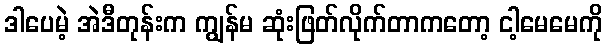
ဒါပေမဲ့ အဲဒီတုန်းက ကျွန်မ ဆုံးဖြတ်လိုက်တာကတော့ ငါ့မေမေကို